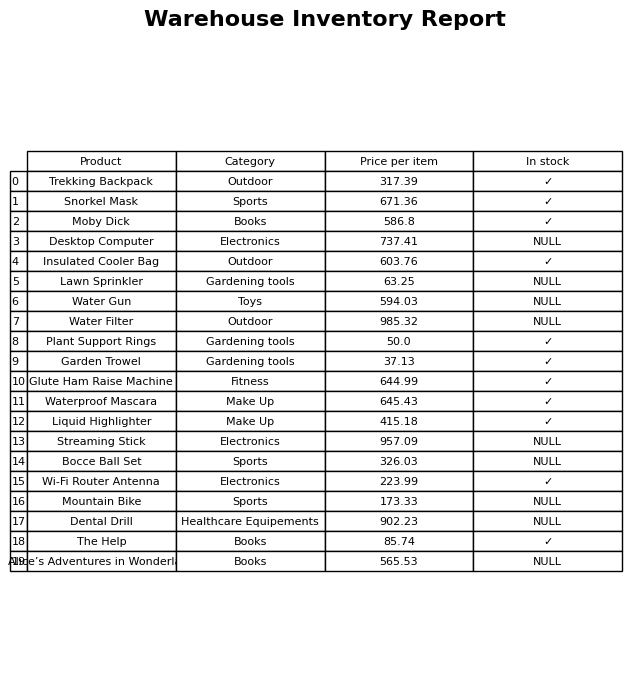
question: What is the price for Wi-Fi Router Antenna?
answer: The price of Wi-Fi Router Antenna is 223.99.